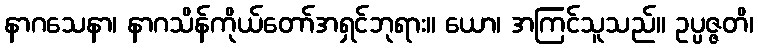
နာဂသေနာ၊ နာဂသိန်ကိုယ်တော်အရှင်ဘုရား။ ယော၊ အကြင်သူသည်။ ဥပ္ပဇ္ဇတိ၊